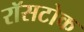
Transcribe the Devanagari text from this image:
रॉसटोक